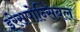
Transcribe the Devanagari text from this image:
इरेसपोन्सिबल